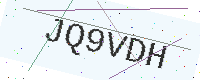
Text: JQ9VDH